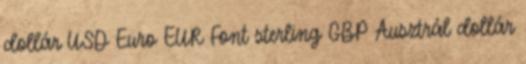
dollár USD Euro EUR Font sterling GBP Ausztrál dollár